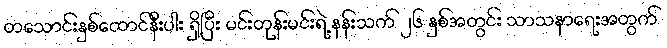
တသောင်းနှစ်ထောင်နီးပါး ရှိပြီး မင်းတုန်းမင်းရဲ့ နန်းသက် ၂၆ နှစ်အတွင်း သာသနာရေးအတွက်